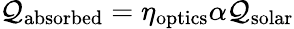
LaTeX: \mathcal{Q}_{\mathrm{{absorbed}}}=\eta_{\mathrm{{optics}}}\alpha\mathcal{Q}_{\mathrm{{solar}}}